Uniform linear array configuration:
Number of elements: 48
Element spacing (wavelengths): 1
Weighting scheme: binomial
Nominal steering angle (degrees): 15
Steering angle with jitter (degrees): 15.094
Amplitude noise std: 0.05
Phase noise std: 0.05

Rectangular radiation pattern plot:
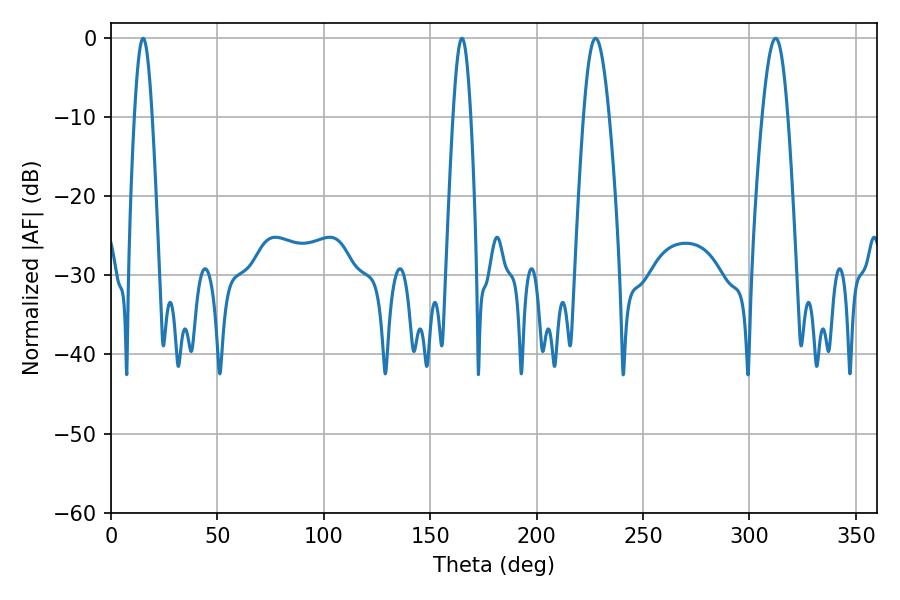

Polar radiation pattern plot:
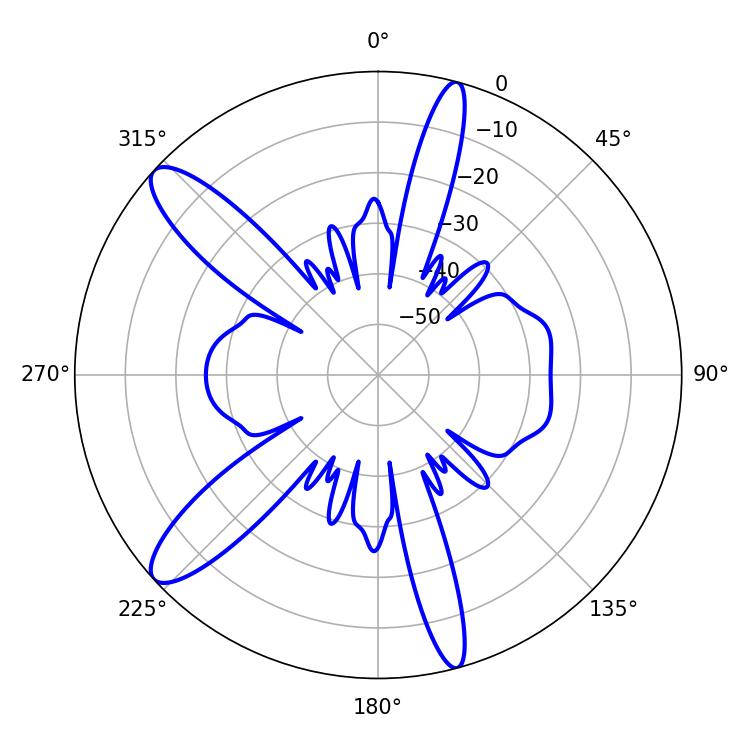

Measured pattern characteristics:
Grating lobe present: TRUE
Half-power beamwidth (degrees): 6.48
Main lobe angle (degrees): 227.7